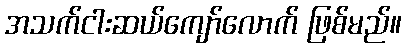
အသက်ငါးဆယ်ကျော်လောက် ဖြစ်မည်။